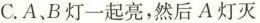
C.A、B灯一起亮，然后A灯灭